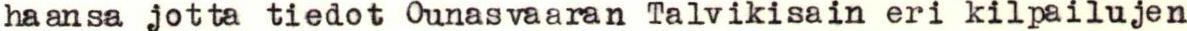
haansa jotta tiedot Ounasvaaran Talvikisain eri kilpailujen